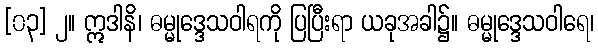
[၀၃] ၂။ ဣဒါနိ၊ ဓမ္မုဒ္ဒေသဝါရကို ပြပြီးရာ ယခုအခါ၌။ ဓမ္မုဒ္ဒေသဝါရေ၊